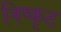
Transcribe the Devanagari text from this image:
निष्कृट